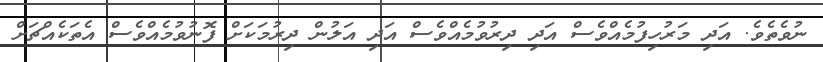
ނުވެތެވެ. އަދި މަރުހިފުމެއްވެސް އަދި ދިރުވުމެއްވެސް އަދި އަލުން ދިރުމަކަށް ފޮނުވުމެއްވެސް އެތަކެއްޗަށް